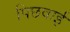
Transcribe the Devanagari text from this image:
पिछवाई